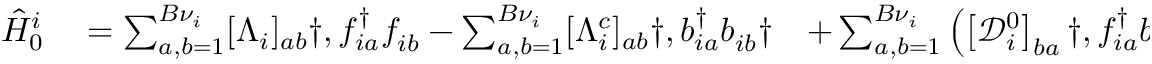
\begin{array} { r l r l r } { \hat { H } _ { 0 } ^ { i } } & { { } = \sum _ { a , b = 1 } ^ { { B } \nu _ { i } } [ \Lambda _ { i } ] _ { a b } \dag , f _ { i a } ^ { \dagger } f _ { i b } ^ { \phantom { \dagger } } - \sum _ { a , b = 1 } ^ { B \nu _ { i } } [ \Lambda _ { i } ^ { c } ] _ { a b } \dag , b _ { i a } ^ { \dagger } b _ { i b } ^ { \phantom { \dagger } } \dag } & { + \sum _ { a , b = 1 } ^ { B \nu _ { i } } \left( \left[ \mathcal { D } _ { i } ^ { 0 } \right] _ { b a } \dag , f _ { i a } ^ { \dagger } b _ { i b } ^ { \phantom { \dagger } } + \mathrm { ~ H ~ . ~ c ~ . ~ } \right) \dag } & { { } = \sum _ { a , b = 1 } ^ { { B } \nu _ { i } } [ \Lambda _ { i } ] _ { a b } \dag , f _ { i a } ^ { \dagger } f _ { i b } ^ { \phantom { \dagger } } - \sum _ { a , b = 1 } ^ { B \nu _ { i } } [ \Lambda _ { i } ^ { c } ] _ { a b } \dag , b _ { i a } ^ { \dagger } b _ { i b } ^ { \phantom { \dagger } } \dag } & { + \sum _ { a = 1 } ^ { B { \nu } _ { i } } \sum _ { \alpha = 1 } ^ { \nu _ { i } } \left( \left[ \mathcal { D } _ { i } \right] _ { b \alpha } \dag , c _ { i \alpha } ^ { \dagger } b _ { i b } ^ { \phantom { \dagger } } + \mathrm { ~ H ~ . ~ c ~ . ~ } \right) \dag , , } \end{array}